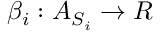
\beta _ { i } : A _ { S _ { i } } \rightarrow R